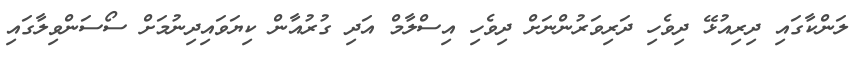
ލަންކާގައި ދިރިއުޅޭ ދިވެހި ދަރިވަރުންނަށް ދިވެހި އިސްލާމް އަދި ގުރުއާން ކިޔަވައިދިނުމަށް ސޯސަންވިލާގައި